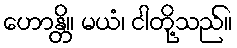
ဟောန္တိ။ မယံ၊ ငါတို့သည်။